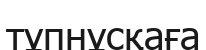
тұпнұсқаға